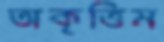
অকৃত্তিম